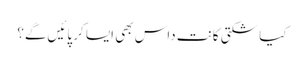
کیا شکتی کانت داس بھی ایسا کر پائیں‌گے؟